Lunatic asylums Madras 1877-1891 - 1877-1891
Year: 1877
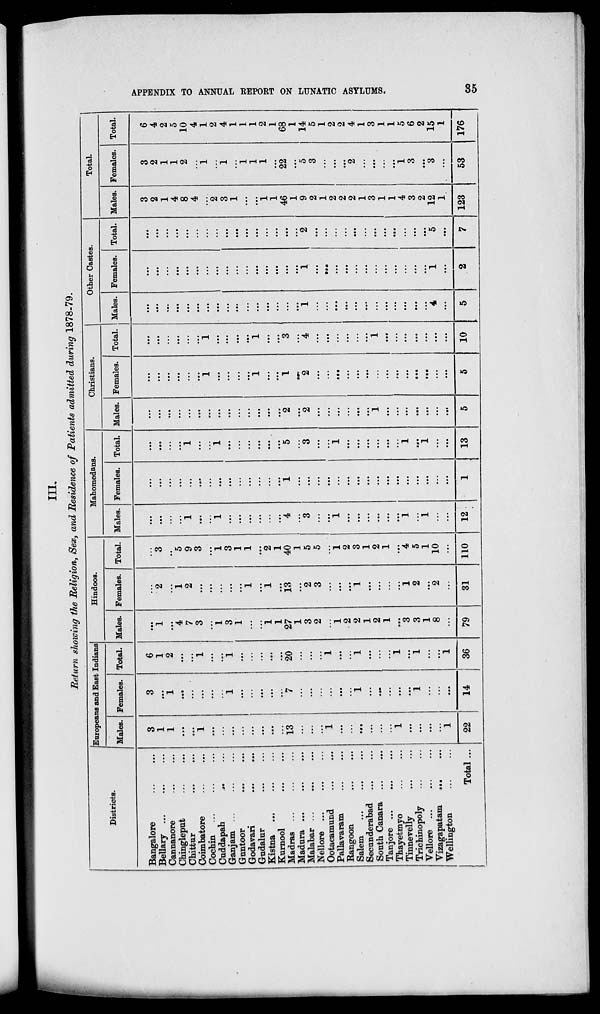
APPENDIX TO ANNUAL REPORT ON LUNATIC ASYLUMS.
35
III.
Return showing the Religion, Sex, and Residence of Patients admitted during 1878-79.
Districts.
Bangalore
Bellary ... ... ...
Cannanore ... ...
Chingleput
...
...
Chittur ... ...
Coimbatore
...
...
Cochin ... ... ...
Cuddapah ... ...
Ganjam
...
...
...
Guntoor ... ...
Godavari ... ...
Gudalur ... ...
Kistna ... ... ...
Kurnool ... ...
Madras ... ... ...
Madura ... ... ...
Malabar ... ... ...
Nellore ... ... ...
Ootacamund ... ...
Pallavaram ... ...
Rangoon ... ...
Salem ... ... ...
Secunderabad ... ...
South Canara ... ...
Tanjore
...
...
...
Thayetmyo ... ...
Tinnevelly ... ...
Trichinopoly ... ...
Vellore ... ... ...
Vizagapatam ... ...
Wellington
...
...
Total ...
Europeans and East Indians
Males.
3
1
1
...
...
...
...
...
...
...
...
...
...
...
13
...
...
...
1
...
...
...
...
...
...
1
...
...
...
...
1
22
Females.
3
...
1
...
...
...
...
...
...
...
...
...
...
...
...
...
...
...
...
...
...
...
...
...
...
...
...
...
...
...
...
14
Total.
6
1
2
...
...
1
...
...
1
...
...
...
...
...
20
...
...
...
1
...
...
1
...
...
...
1
...
1
...
...
1
36
Hindoos.
Males.
...
1
...
4
7
3
...
1
3
1
...
...
1
1
27
1
3
2
...
1
2
2
1
2
1
...
3
3
1
8
...
79
Females.
...
2
...
1
2
...
...
...
...
...
1
...
1
...
13
...
2
3
...
...
...
1
...
...
...
...
1
2
...
2
...
31
Total.
...
3
...
5
9
3
...
1
3
1
1
...
2
1
40
1
5
5
...
1
2
3
1
2
1
...
4
5
1
10
...
110
Mahomedans.
Males.
...
...
...
...
1
...
...
1
...
...
...
...
...
...
4
...
3
...
...
1
...
...
...
...
...
...
1
...
1
...
...
12
Females.
...
...
...
...
...
...
...
...
...
...
...
...
...
...
1
...
...
...
...
...
...
...
...
...
...
...
...
...
...
...
...
1
Total.
...
...
...
...
1
...
...
1
...
...
...
...
...
...
5
...
3
...
...
...
...
...
...
...
...
...
...
...
...
...
...
13
Christians.
Males.
...
...
...
...
...
...
...
...
...
...
...
...
...
...
2
...
2
...
...
...
...
...
...
...
...
...
...
...
...
...
...
5
Females.
...
...
...
...
...
...
1
...
...
...
...
1
...
...
1
...
2
...
...
...
...
...
...
...
...
...
...
...
...
...
...
5
Total.
...
...
...
...
...
...
...
...
...
...
...
1
...
...
3
...
4
...
...
...
...
...
...
...
...
...
...
...
...
...
...
10
Other Castes.
Males.
...
...
...
...
...
...
...
...
...
...
...
...
...
...
...
...
1
...
...
...
...
...
...
...
...
...
...
...
...
4
...
5
Females.
...
...
...
...
...
...
...
...
...
...
...
...
...
...
...
...
1
...
...
...
...
...
...
...
...
...
...
...
...
1
...
2
Total.
...
...
...
...
...
...
...
...
...
...
...
...
...
...
...
...
2
...
...
...
...
...
...
...
...
...
...
...
...
5
...
7
Total.
Males.
3
2
1
4
8
4
...
2
3
1
...
...
1
1
46
1
9
2
1
2
2
2
1
3
1
1
4
3
2
12
1
123
Females.
3
2
1
1
2
...
1
...
1
...
1
1
1
...
22
...
5
3
...
...
...
2
...
...
...
...
1
3
...
3
...
53
Total.
6
4
2
5
10
4
1
2
4
1
1
1
2
1
68
1
14
5
1
2
2
4
1
3
1
1
5
6
2
15
1
176